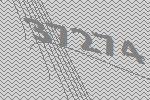
37274